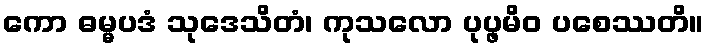
ကော ဓမ္မပဒံ သုဒေသိတံ၊ ကုသလော ပုပ္ဖမိဝ ပစေဿတိ။